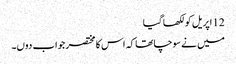
12 اپریل کو لکھا گیا
میں نے سوچا تھا کہ اس کا مختصر جواب دوں۔